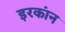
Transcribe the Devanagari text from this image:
इरकांन